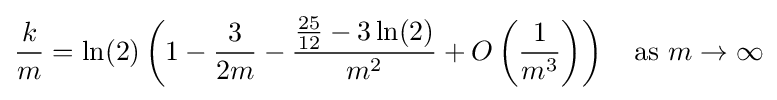
{\frac {k}{m}}=\ln(2)\left(1-{\frac {3}{2m}}-{\frac {{\frac {25}{12}}-3\ln(2)}{m^{2}}}+O\left({\frac {1}{m^{3}}}\right)\right)\quad {\text{as }}m\rightarrow \infty